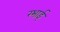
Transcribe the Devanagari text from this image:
रभाई